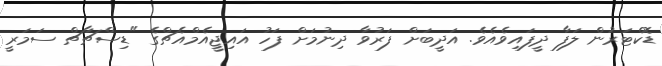
ޑޮކްޓަރުން ލަފާ ދީފައިވެއެވެ. އަދީބަށް ފަރުވާ ދިނުމަށް ފަހު އައިޖީއެމްއެޗްގެ "ޑިސްޗާޗް ސަމަރީ